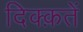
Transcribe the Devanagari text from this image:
दिक्क़तें